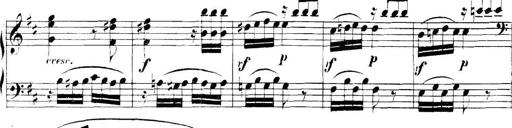
Title: Collected Piano Sonatas
Composer: Muzio Clementi